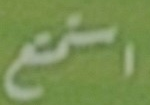
استمتع